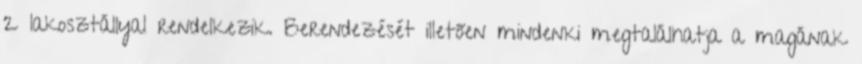
2 lakosztállyal rendelkezik. Berendezését illetően mindenki megtalálhatja a magának